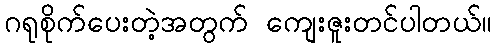
ဂရုစိုက်ပေးတဲ့အတွက် ကျေးဇူးတင်ပါတယ်။